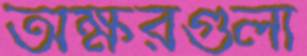
অক্ষরগুলা